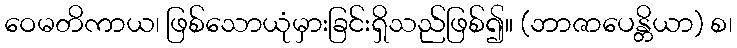
ဝေမတိကာယ၊ ဖြစ်သောယုံမှားခြင်းရှိသည်ဖြစ်၍။ (ဘာဇာပေန္တိယာ) စ၊